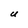
Character: U